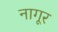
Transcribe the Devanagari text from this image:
नागूर